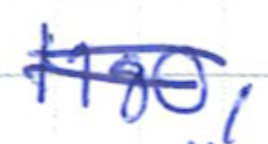
Text: 1980,
Cross-out: mix
Writing tool: ballpoint